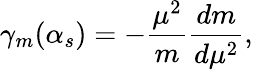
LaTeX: \gamma_{m}(\alpha_{s})=-\frac{\mu^{2}}{m}\frac{dm}{d\mu^{2}},